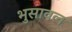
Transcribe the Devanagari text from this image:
भुुसावल